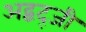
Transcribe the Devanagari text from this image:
अद्बद्जी